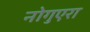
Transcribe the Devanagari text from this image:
नोगुएरा